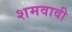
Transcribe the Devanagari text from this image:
शमवावी